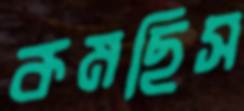
কমছিস